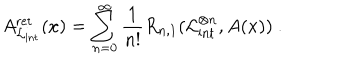
A _ { \mathcal { L } _ { \mathrm { i n t } } } ^ { \mathrm { r e t } } ( x ) = \sum _ { n = 0 } ^ { \infty } \frac { 1 } { n ! } R _ { n , 1 } ( \mathcal { L } _ { \mathrm { i n t } } ^ { \otimes n } , A ( x ) ) \ .